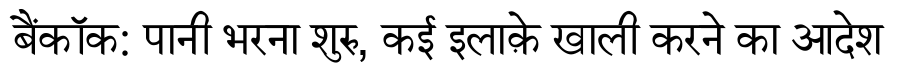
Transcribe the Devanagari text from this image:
बैंकॉक: पानी भरना शुरु, कई इलाक़े खाली करने का आदेश